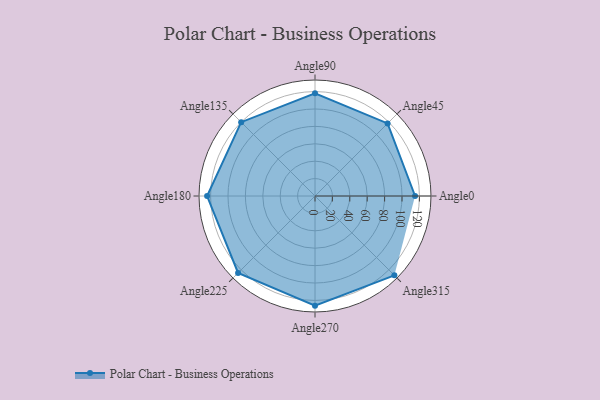
{"axis": {"x": "Angle", "y": "Radius"}, "legend": [""], "data": [{"x": "Angle0", "y": 115.0, "type": ""}, {"x": "Angle45", "y": 118.0, "type": ""}, {"x": "Angle90", "y": 118.0, "type": ""}, {"x": "Angle135", "y": 120.0, "type": ""}, {"x": "Angle180", "y": 124.0, "type": ""}, {"x": "Angle225", "y": 125.0, "type": ""}, {"x": "Angle270", "y": 126.0, "type": ""}, {"x": "Angle315", "y": 129.0, "type": ""}]}